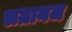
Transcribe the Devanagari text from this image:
लग्रानज